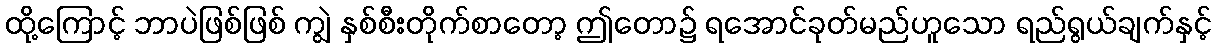
ထို့ကြောင့် ဘာပဲဖြစ်ဖြစ် ကျွဲ နှစ်စီးတိုက်စာတော့ ဤတော၌ ရအောင်ခုတ်မည်ဟူသော ရည်ရွယ်ချက်နှင့်